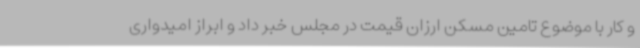
و کار با موضوع تامین مسکن ارزان قیمت در مجلس خبر داد و ابراز امیدواری